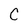
Character: C